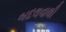
બદલવાથી